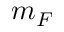
m _ { F }